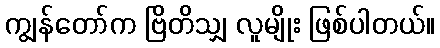
ကျွန်တော်က ဗြိတိသျှ လူမျိုး ဖြစ်ပါတယ်။